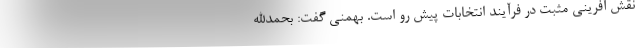
نقش آفرینی مثبت در فرآیند انتخابات پیش رو است. بهمنی گفت: بحمدالله